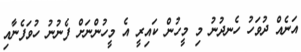
އަނެއް ދުވަހު ހެނދުނު މި މީހުން ކައިރީ އެ މީހުންނަށް ފެނުނު ހުވަފެނާއި